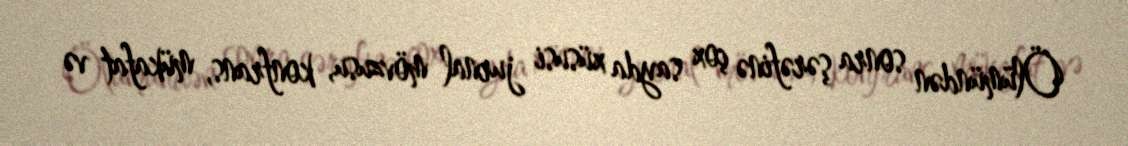
Ölümündən sonra şərəfinə çox sayda xüsusi jurnal mövzusu, konfrans, mükafat və